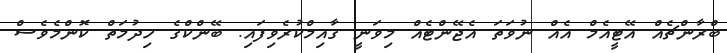
ބްރާންޗެއް އޭޓީއެމް އެއް ނުވަތަ އެޖޭންޓެއް މިވަނީ ގާއިމްކުރެވިފައި. ބޭންކްގެ ހިދުމަތް ކޮންމެވެސް